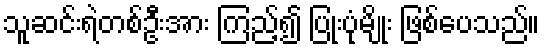
သူဆင်းရဲတစ်ဦးအား ကြည့်၍ ပြုံးပုံမျိုး ဖြစ်ပေသည်။